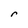
Character: r